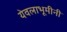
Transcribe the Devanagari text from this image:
येवलाभूमीनी